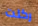
ركلت